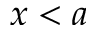
x < a